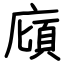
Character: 廎